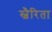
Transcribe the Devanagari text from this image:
स्वैरिता